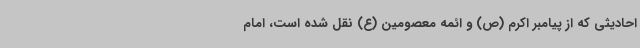
احادیثی که از پیامبر اکرم (ص) و ائمه معصومین (ع) نقل شده است، امام